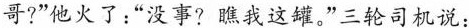
哥?”他火了:没事?瞧我这罐。”三轮司机说: